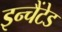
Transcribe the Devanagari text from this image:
इन्चैंटेड